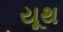
યૂથ